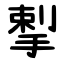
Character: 揧